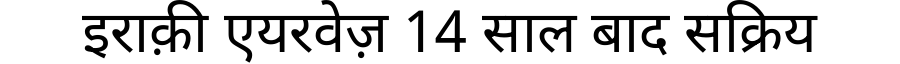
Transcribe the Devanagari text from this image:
इराक़ी एयरवेज़ 14 साल बाद सक्रिय